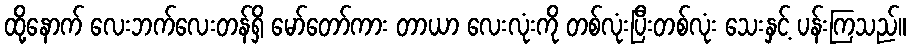
ထို့နောက် လေးဘက်လေးတန်ရှိ မော်တော်ကား တာယာ လေးလုံးကို တစ်လုံးပြီးတစ်လုံး သေးနှင့် ပန်းကြသည်။